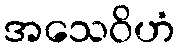
အသေဝိဟံ